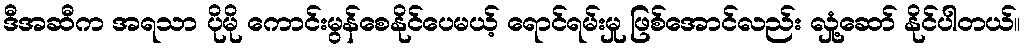
ဒီအဆီက အရသာ ပိုမို ကောင်းမွန်စေနိုင်ပေမယ့် ရောင်ရမ်းမှု ဖြစ်အောင်လည်း လှုံ့ဆော် နိုင်ပါတယ်။